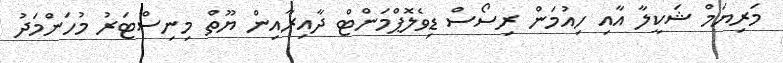
މަރިޔަމް ޝަކީލާ އާއި ހިއުމަން ރިސޯސް ޑިވެލޮޕްމަންޓް ދާއިރާއިން ޔޫތް މިނިސްޓަރު މުހަންމަދު